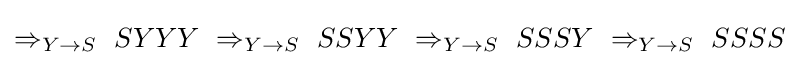
\Rightarrow _{Y\to S}\ SYYY\ \Rightarrow _{Y\to S}\ SSYY\ \Rightarrow _{Y\to S}\ SSSY\ \Rightarrow _{Y\to S}\ SSSS